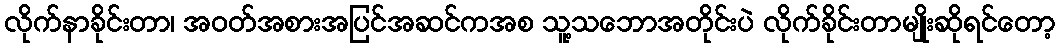
လိုက်နာခိုင်းတာ၊ အဝတ်အစားအပြင်အဆင်ကအစ သူ့သဘောအတိုင်းပဲ လိုက်ခိုင်းတာမျိုးဆိုရင်တော့